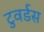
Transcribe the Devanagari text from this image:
टुवर्डस